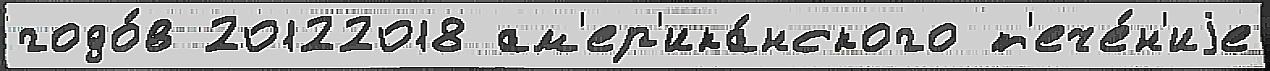
годо́в 20122018 ам'ер'ика́нского т'ече́н'иjе